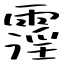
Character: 霪